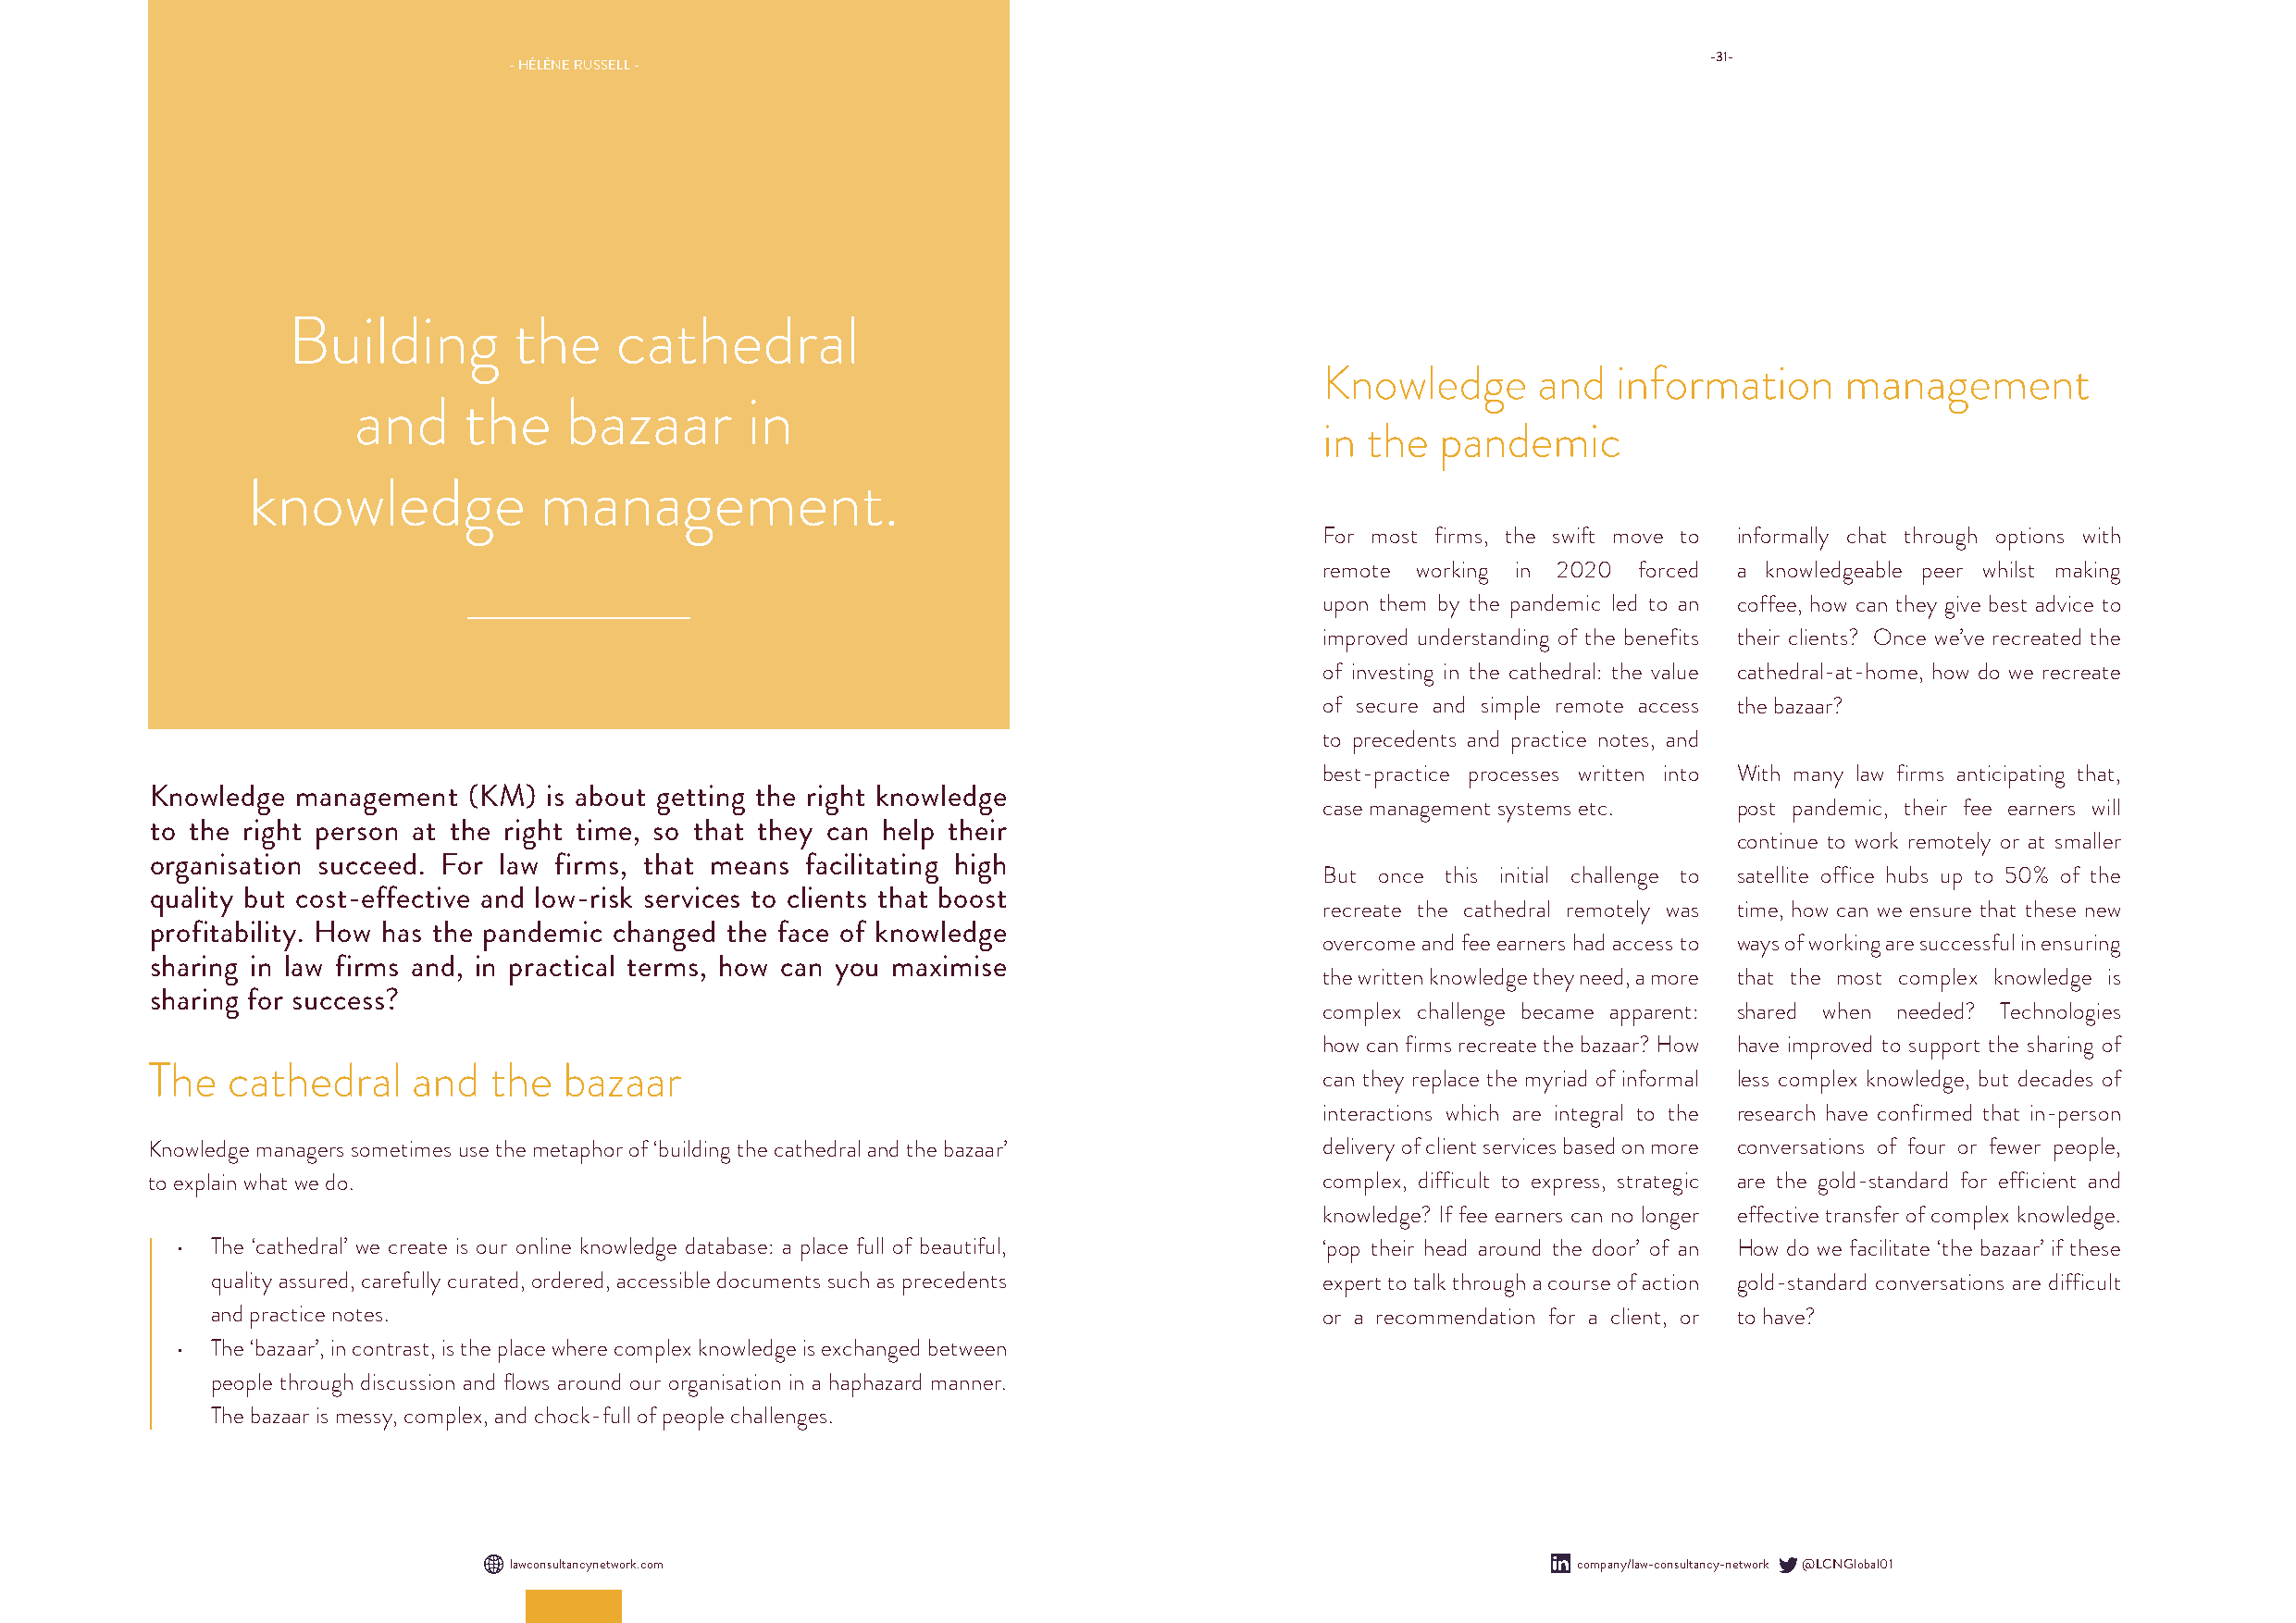
-31-
 - HÉLÈNE RUSSELL -
 Building        the    cathedral
 Knowledge      and   information     management
 and     the    bazaar       in
 in the  pandemic
 knowledge            management.
 For most firms, the swift move to informally chat through options with
 remote working in 2020 forced a knowledgeable peer whilst making
 upon them by the pandemic led to an coffee, how can they give best advice to
 improved understanding of the benefits their clients? Once we’ve recreated the
 of investing in the cathedral: the value cathedral-at-home, how do we recreate
 of secure and simple remote access the bazaar?
 to precedents and practice notes, and
 best-practice processes written into With many law firms anticipating that,
 Knowledge management  (KM)  is about getting the right knowledge
 case management systems etc. post pandemic, their fee earners will
 to the right person at the right time, so that they can help their
 continue to work remotely or at smaller
 organisation succeed. For law firms, that means facilitating high
 But once this initial challenge to satellite office hubs up to 50% of the
 quality but cost-effective and low-risk services to clients that boost
 recreate the cathedral remotely was time, how can we ensure that these new
 profitability. How has the pandemic changed the face of knowledge
 overcome and fee earners had access to ways of working are successful in ensuring
 sharing in law firms and, in practical terms, how can you maximise
 the written knowledge they need, a more that the most complex knowledge is
 sharing for success?
 complex challenge became apparent: shared when needed? Technologies
 how can firms recreate the bazaar? How have improved to support the sharing of
 The  cathedral    and   the  bazaar
 can they replace the myriad of informal less complex knowledge, but decades of
 interactions which are integral to the research have confirmed that in-person
 Knowledge managers sometimes use the metaphor of ‘building the cathedral and the bazaar’ delivery of client services based on more conversations of four or fewer people,
 to explain what we do.                                                              complex, difficult to express, strategic are the gold-standard for efficient and
 knowledge? If fee earners can no longer effective transfer of complex knowledge.
 • The ‘cathedral’ we create is our online knowledge database: a place full of beautiful, ‘pop their head around the door’ of an How do we facilitate ‘the bazaar’ if these
 quality assured, carefully curated, ordered, accessible documents such as precedents expert to talk through a course of action gold-standard conversations are difficult
 and practice notes.                                                             or a recommendation for a client, or to have?
 • The ‘bazaar’, in contrast, is the place where complex knowledge is exchanged between
 people through discussion and flows around our organisation in a haphazard manner.
 The bazaar is messy, complex, and chock-full of people challenges.
 lawconsultancynetwork.com                                                    company/law-consultancy-network @LCNGlobal01